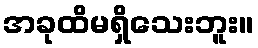
အခုထိမရှိသေးဘူး။